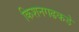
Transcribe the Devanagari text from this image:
किशनगढकडे